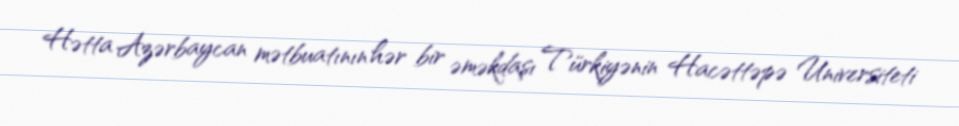
Hətta Azərbaycan mətbuatının hər bir əməkdaşı Türkiyənin Hacəttəpə Universiteti